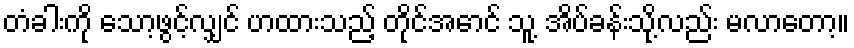
တံခါးကို သော့ဖွင့်လျှင် ဟထားသည့် တိုင်အောင် သူ့ အိပ်ခန်းသို့လည်း မလာတော့။